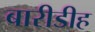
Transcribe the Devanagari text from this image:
बारीडीह